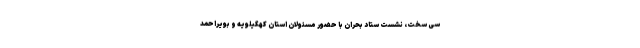
سی سخت، نشست ستاد بحران با حضور مسئولان استان کهگیلویه و بویراحمد